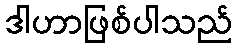
ဒါဟာဖြစ်ပါသည်